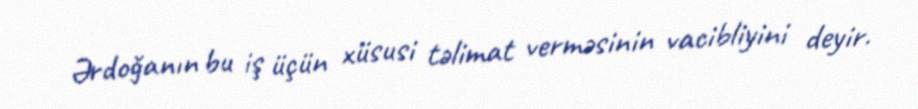
Ərdoğanın bu iş üçün xüsusi təlimat verməsinin vacibliyini deyir.